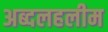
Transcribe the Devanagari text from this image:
अब्दलहलीम